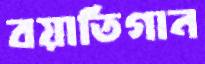
বয়াতিগান